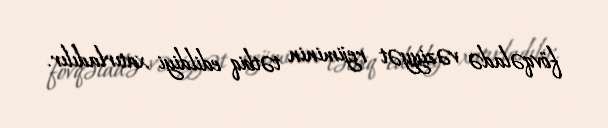
fövqəladə vəziyyət rejiminin tətbiq edildiyi xatırladılır.